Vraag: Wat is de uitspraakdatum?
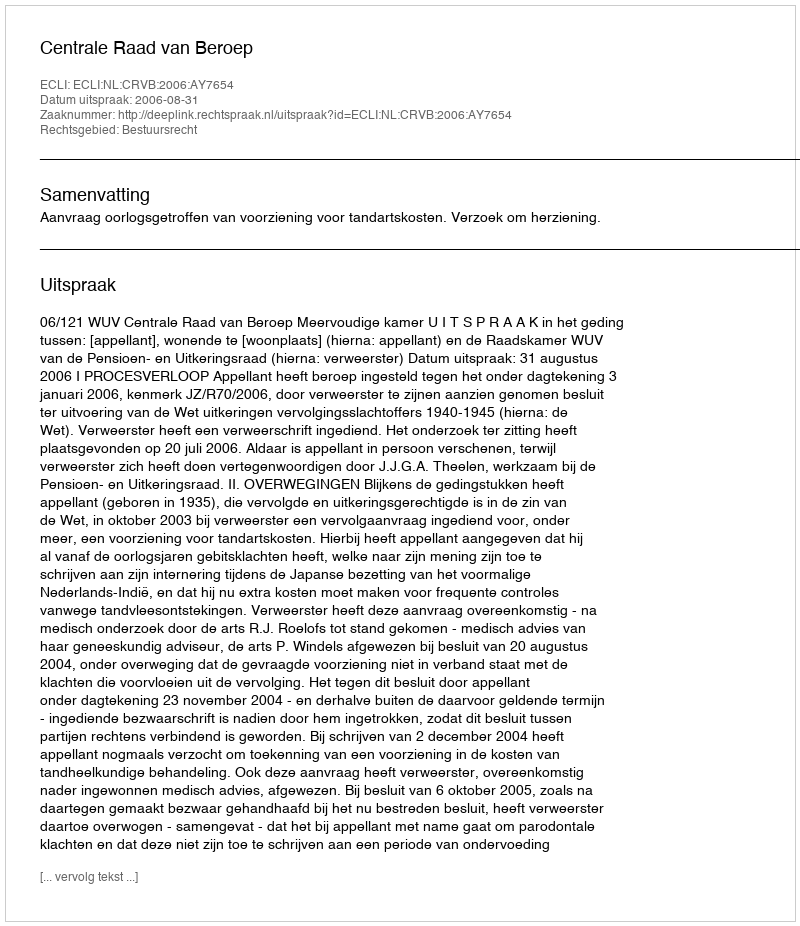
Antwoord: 2006-08-31